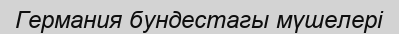
Германия бундестагы мүшелері